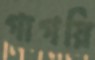
গাগরি